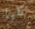
كليا